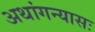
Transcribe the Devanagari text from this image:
अथांगन्यासः